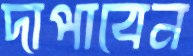
দাপাবেন